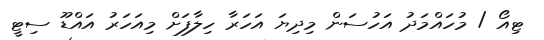
ޓިއޯ / މުހައްމަދު އަހުސަން މިދިޔަ އަހަރާ ހިލާފަށް މިއަހަރު އައްޑޫ ސިޓީ